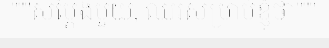
"""សម្តែងមួយ, ឈរសម្រាប់ខ្ញុំថា"""